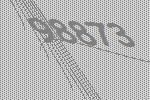
98873